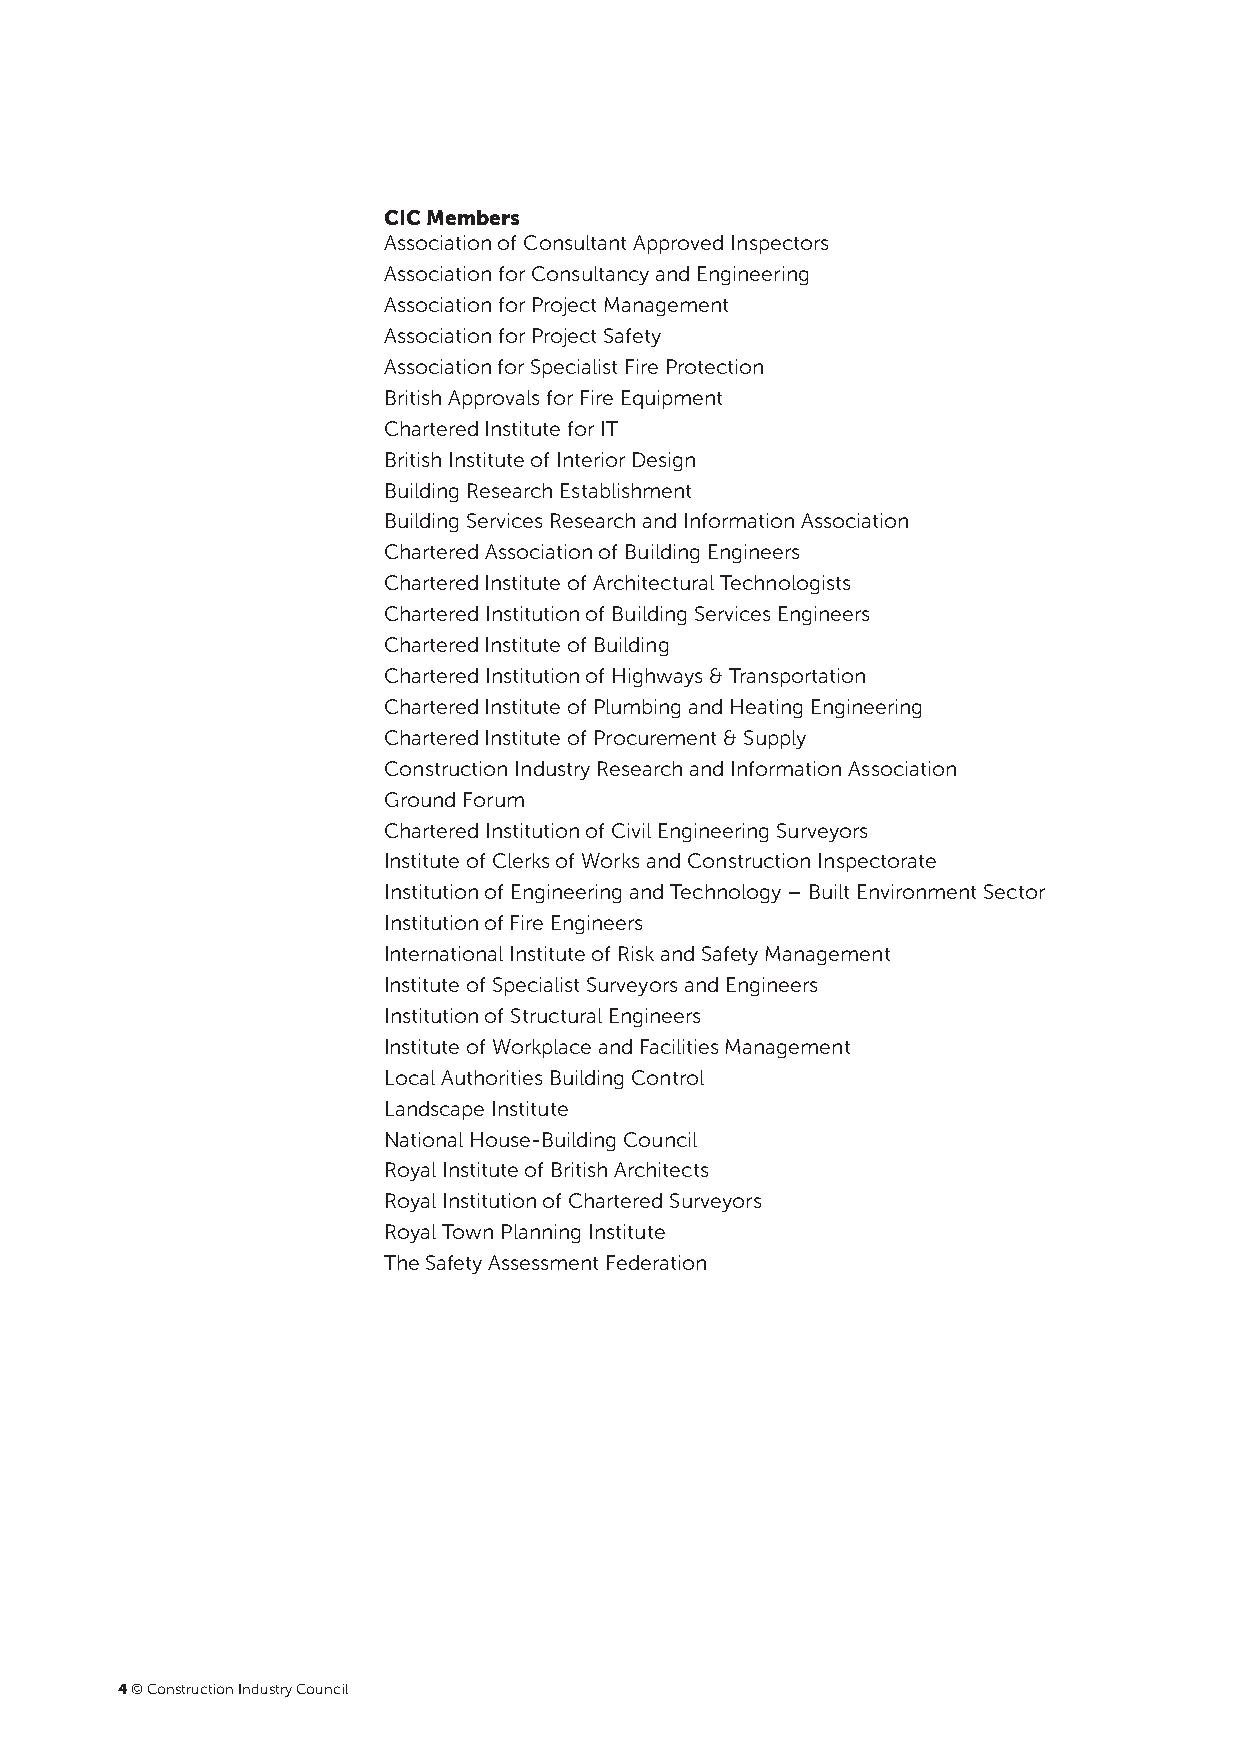
CIC Members
 Association of Consultant Approved Inspectors
 Association for Consultancy and Engineering
 Association for Project Management
 Association for Project Safety
 Association for Specialist Fire Protection
 British Approvals for Fire Equipment
 Chartered Institute for IT
 British Institute of Interior Design
 Building Research Establishment
 Building Services Research and Information Association
 Chartered Association of Building Engineers
 Chartered Institute of Architectural Technologists
 Chartered Institution of Building Services Engineers
 Chartered Institute of Building
 Chartered Institution of Highways & Transportation
 Chartered Institute of Plumbing and Heating Engineering
 Chartered Institute of Procurement & Supply
 Construction Industry Research and Information Association
 Ground Forum
 Chartered Institution of Civil Engineering Surveyors
 Institute of Clerks of Works and Construction Inspectorate
 Institution of Engineering and Technology – Built Environment Sector
 Institution of Fire Engineers
 International Institute of Risk and Safety Management
 Institute of Specialist Surveyors and Engineers
 Institution of Structural Engineers
 Institute of Workplace and Facilities Management
 Local Authorities Building Control
 Landscape Institute
 National House-Building Council
 Royal Institute of British Architects
 Royal Institution of Chartered Surveyors
 Royal Town Planning Institute
 The Safety Assessment Federation
 4 © Construction Industry Council